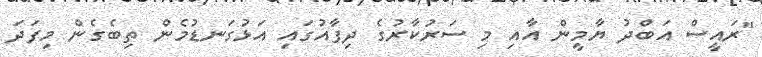
"ރައީސް އަބްދު ޔާމީން އާއި މި ސަރުކާރުގެ ދިފާއުގައި އަޅުގަނޑުމެން ތިބެގެން މިފަދަ